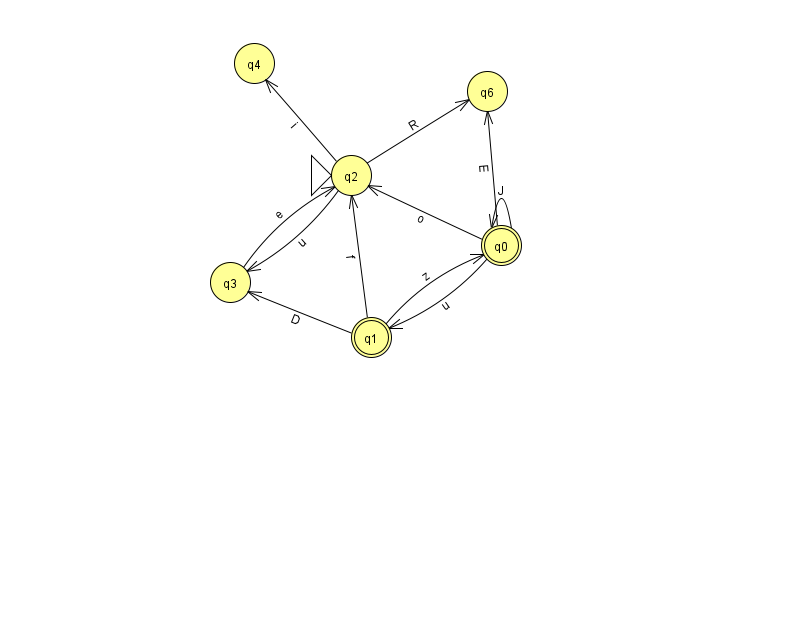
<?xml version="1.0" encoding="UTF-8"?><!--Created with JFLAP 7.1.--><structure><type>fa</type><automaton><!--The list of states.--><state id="0" name="q0"><x>501.0</x><y>232.0</y><final/></state><state id="1" name="q1"><x>371.0</x><y>324.0</y><final/></state><state id="2" name="q2"><x>351.0</x><y>162.0</y><initial/></state><state id="3" name="q3"><x>230.0</x><y>269.0</y></state><state id="4" name="q4"><x>254.0</x><y>50.0</y></state><state id="6" name="q6"><x>487.0</x><y>78.0</y></state><!--The list of transitions.--><transition><from>0</from><to>6</to><read>E</read></transition><transition><from>2</from><to>4</to><read>i</read></transition><transition><from>0</from><to>2</to><read>o</read></transition><transition><from>0</from><to>1</to><read>u</read></transition><transition><from>2</from><to>3</to><read>u</read></transition><transition><from>3</from><to>2</to><read>e</read></transition><transition><from>0</from><to>0</to><read>J</read></transition><transition><from>1</from><to>0</to><read>z</read></transition><transition><from>1</from><to>2</to><read>f</read></transition><transition><from>1</from><to>3</to><read>D</read></transition><transition><from>2</from><to>6</to><read>R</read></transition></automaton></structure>